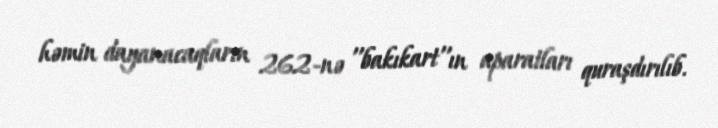
həmin dayanacaqların 262-nə ''bakıkart''ın aparatları quraşdırılıb.